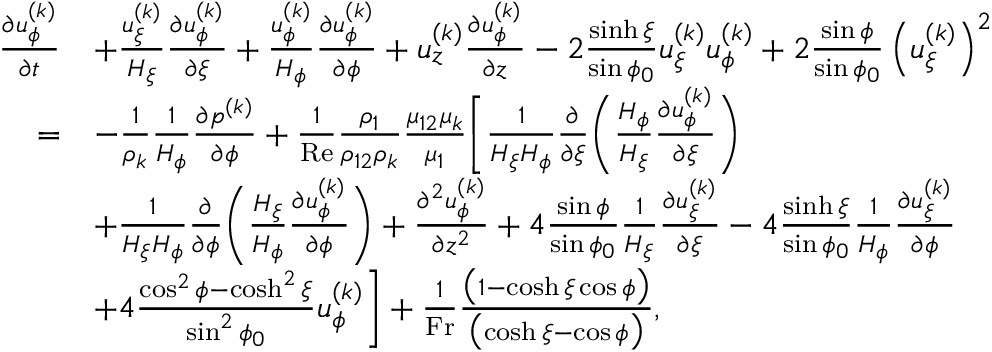
\begin{array} { r } { \begin{array} { r l } { \frac { \partial u _ { \phi } ^ { ( k ) } } { \partial t } } & { + \frac { u _ { \xi } ^ { ( k ) } } { H _ { \xi } } \frac { \partial u _ { \phi } ^ { ( k ) } } { \partial \xi } + \frac { u _ { \phi } ^ { ( k ) } } { H _ { \phi } } \frac { \partial u _ { \phi } ^ { ( k ) } } { \partial \phi } + u _ { z } ^ { ( k ) } \frac { \partial u _ { \phi } ^ { ( k ) } } { \partial z } - 2 \frac { \sinh \xi } { \sin \phi _ { 0 } } u _ { \xi } ^ { ( k ) } u _ { \phi } ^ { ( k ) } + 2 \frac { \sin \phi } { \sin \phi _ { 0 } } \left( u _ { \xi } ^ { ( k ) } \right) ^ { 2 } } \\ { = } & { - \frac { 1 } { \rho _ { k } } \frac { 1 } { H _ { \phi } } \frac { \partial p ^ { ( k ) } } { \partial \phi } + \frac { 1 } { \mathrm { R e } } \frac { \rho _ { 1 } } { \rho _ { 1 2 } \rho _ { k } } \frac { \mu _ { 1 2 } \mu _ { k } } { \mu _ { 1 } } \Biggl [ \frac { 1 } { H _ { \xi } H _ { \phi } } \frac { \partial } { \partial \xi } \biggl ( \frac { H _ { \phi } } { H _ { \xi } } \frac { \partial u _ { \phi } ^ { ( k ) } } { \partial \xi } \biggr ) } \\ & { + \frac { 1 } { H _ { \xi } H _ { \phi } } \frac { \partial } { \partial \phi } \biggl ( \frac { H _ { \xi } } { H _ { \phi } } \frac { \partial u _ { \phi } ^ { ( k ) } } { \partial \phi } \biggr ) + \frac { \partial ^ { 2 } u _ { \phi } ^ { ( k ) } } { \partial z ^ { 2 } } + 4 \frac { \sin \phi } { \sin \phi _ { 0 } } \frac { 1 } { H _ { \xi } } \frac { \partial u _ { \xi } ^ { ( k ) } } { \partial \xi } - 4 \frac { \sinh \xi } { \sin \phi _ { 0 } } \frac { 1 } { H _ { \phi } } \frac { \partial u _ { \xi } ^ { ( k ) } } { \partial \phi } } \\ & { + 4 \frac { \cos ^ { 2 } \phi - \cosh ^ { 2 } \xi } { \sin ^ { 2 } \phi _ { 0 } } u _ { \phi } ^ { ( k ) } \Biggr ] + \frac { 1 } { \mathrm { F r } } \frac { \bigl ( 1 - \cosh \xi \cos \phi \bigr ) } { \bigl ( \cosh \xi - \cos \phi \bigr ) } , } \end{array} } \end{array}